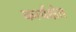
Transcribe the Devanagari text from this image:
कार्यक्षेत